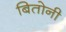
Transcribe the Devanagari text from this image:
बितोनी